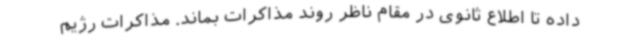
داده تا اطلاع ثانوی در مقام ناظر روند مذاکرات بماند. مذاکرات رژیم